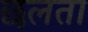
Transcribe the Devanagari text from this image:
छलता